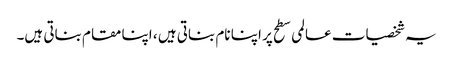
یہ شخصیات عالمی سطح پر اپنا نام بناتی ہیں ، اپنا مقام بناتی ہیں۔